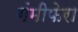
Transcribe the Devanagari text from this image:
गंमीफेरा